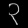
Digit: ၃